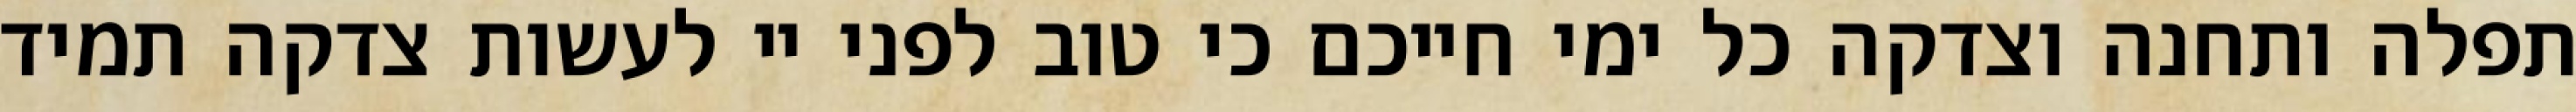
תפלה ותחנה וצדקה כל ימי חייכם כי טוב לפני יי לעשות צדקה תמיד